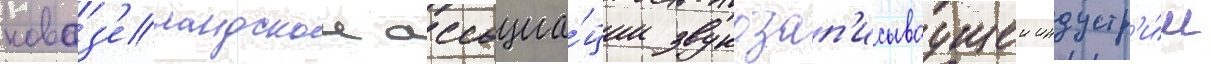
новоз'еландскои ассоциа́ции звукозап'исываущеи индустр'и́и